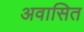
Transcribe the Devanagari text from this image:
अवासित